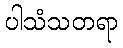
ပါသံသတရာ